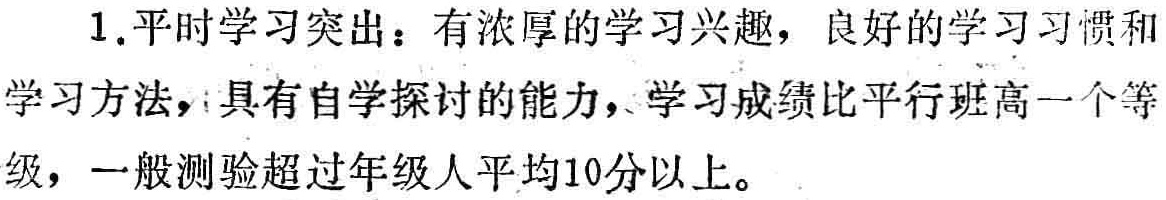
1.平时学习突出：有浓厚的学习兴趣，良好的学习习惯和学习方法，具有自学探讨的能力，学习成绩比平行班高一个等级，一般测验超过年级人平均10分以上。